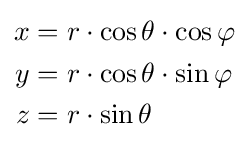
{\begin{aligned}x&=r\cdot \cos \theta \cdot \cos \varphi \\y&=r\cdot \cos \theta \cdot \sin \varphi \\z&=r\cdot \sin \theta \end{aligned}}